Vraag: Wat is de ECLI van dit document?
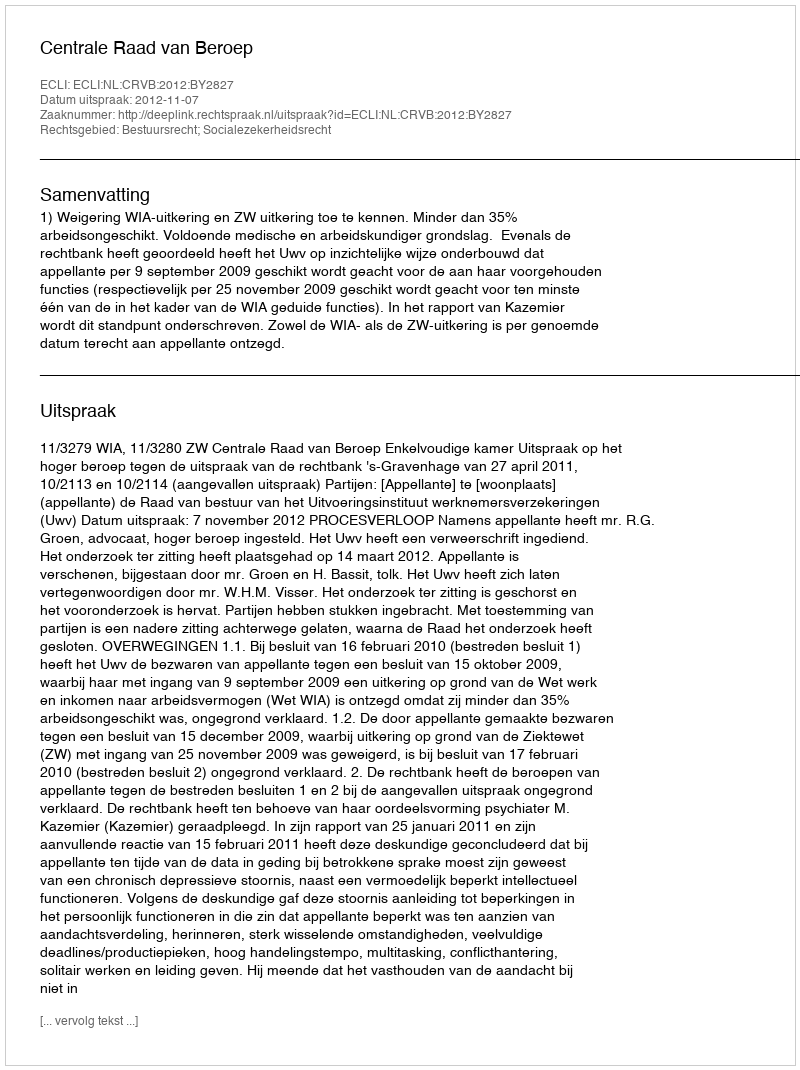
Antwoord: ECLI:NL:CRVB:2012:BY2827